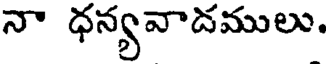
నా ధన్యవాడములు.